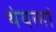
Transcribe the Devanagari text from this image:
थेयलां